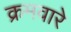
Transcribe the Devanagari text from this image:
क्रमवारे